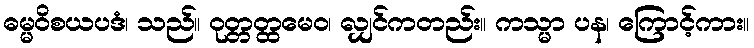
ဓမ္မဝိစယပဒံ၊ သည်။ ဝုတ္တတ္ထမေဝ၊ လျှင်ကတည်း။ ကသ္မာ ပန၊ ကြောင့်ကား။